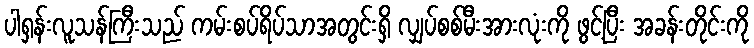
ပါရှန်းလူသန်ကြီးသည် ကမ်းစပ်ရိပ်သာအတွင်းရှိ လျှပ်စစ်မီးအားလုံးကို ဖွင့်ပြီး အခန်းတိုင်းကို